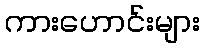
ကားဟောင်းများ